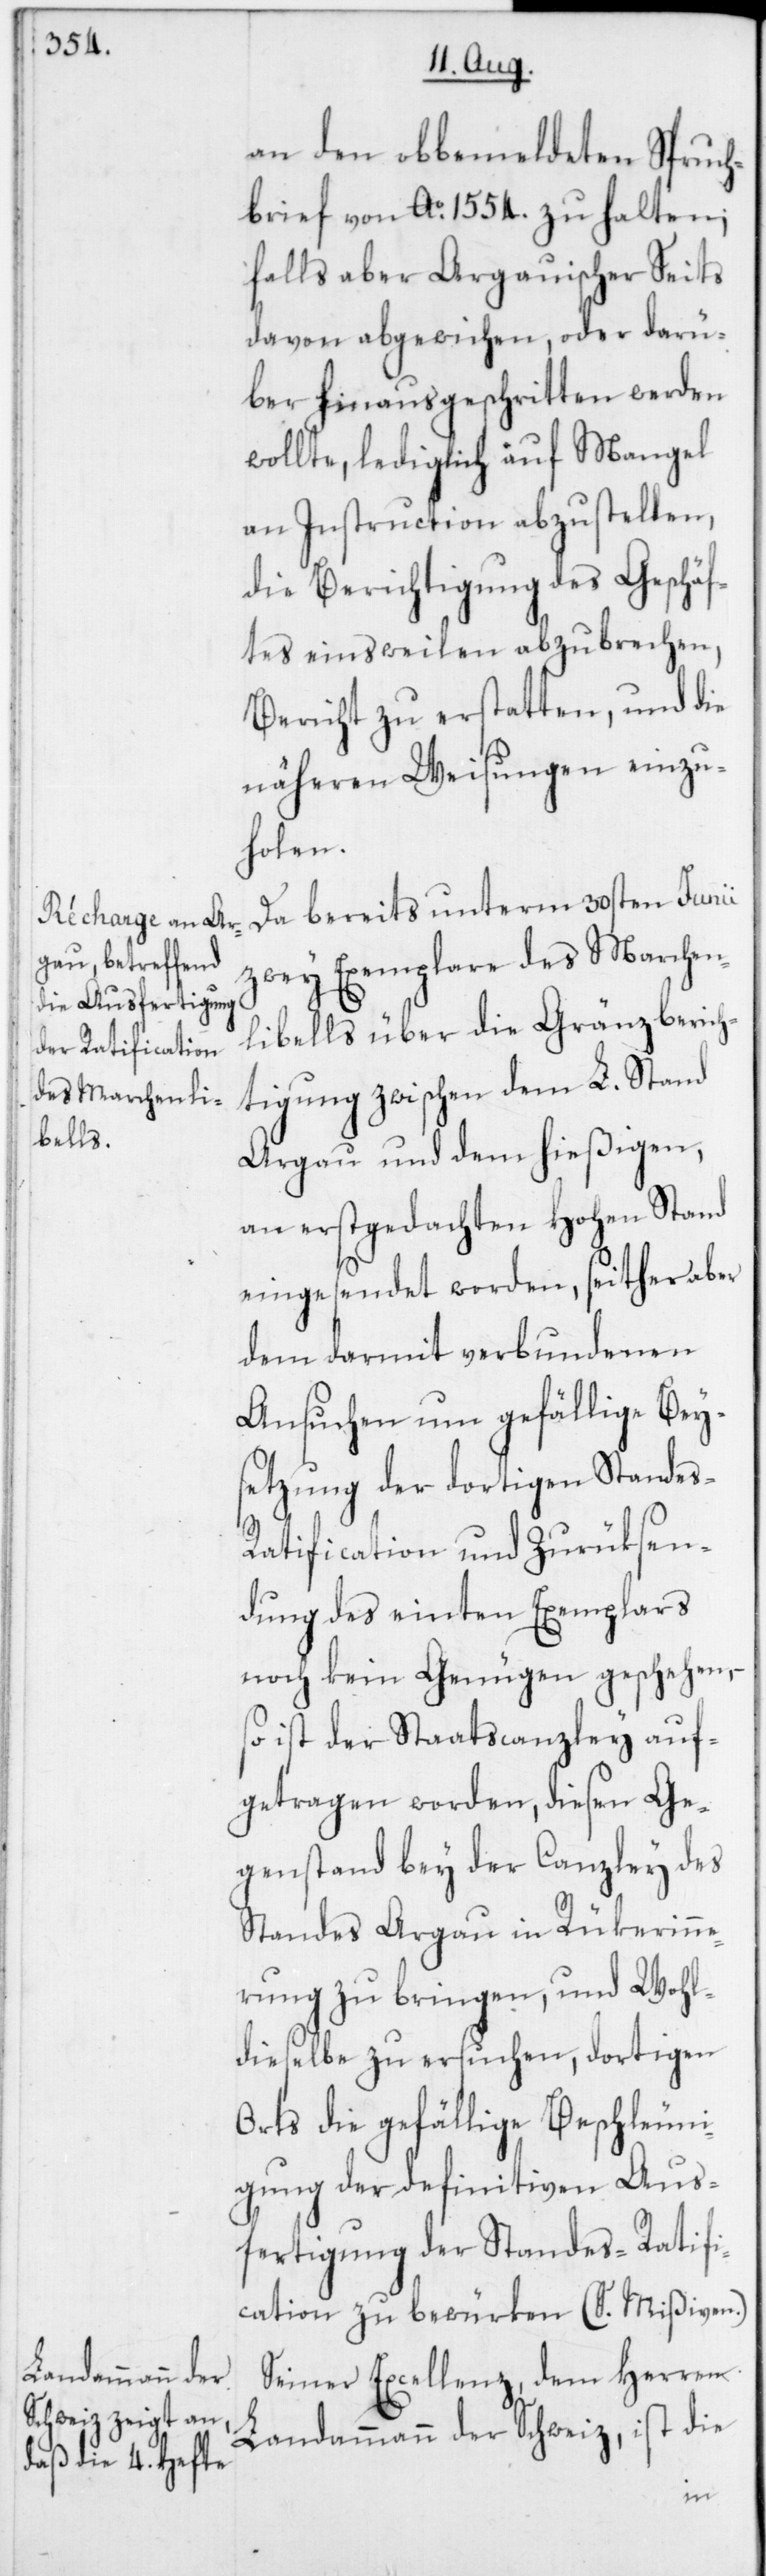
an den obbemeldten Spruch¬
brief von Ao 1554. zu halten;
falls aber Argauischer Seits
davon abgewichen oder darü¬
ber hinausgeschritten werden
wollte, lediglich auf Mangel
an Instruction abzustellen,
die Berichtigung des Geschäf¬
tes einstweilen abzubrechen,
Bericht zu erstatten und die
näheren Weisungen einzu¬
holen.
Da bereits unterm 30sten Junii
zwey Exemplare des Marchen¬
libells über die Gränzberich¬
tigung zwischen dem L. Stand
Argau und dem hießigen,
an erstgedachten Hohen Stand
eingesendet worden, seither aber
dem darmit verbundenen
Ansuchen um gefällige Bey¬
setzung der dortigen Standes-R¬
atification und Zurüksen¬
dung des einten Exemplars
noch kein Genügen geschehen,
so ist der Staatscanzley auf¬
getragen worden, diesen Ge¬
genstand bey der Canzley des
Standes Argau in Rükerinne¬
rung zu bringen, und Wohl¬
dieselbe zu ersuchen, dortigen
Orts die gefällige Beschleuni¬
gung der definitiven Aus¬
fertigung der Standes-Ratifi¬
cation zu bewürken (S. Mißiven).
Seiner Excellenz, dem Herren
Landammann der Schweiz, ist die